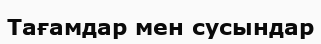
Тағамдар мен сусындар